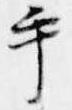
手